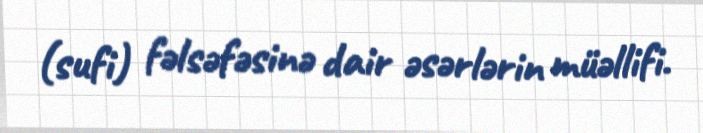
(sufi) fəlsəfəsinə dair əsərlərin müəllifi.